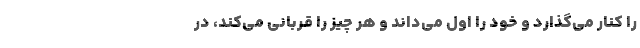
را کنار می‌گذارد و خود را اول می‌داند و هر چیز را قربانی می‌کند، در